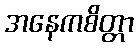
အနေကစိတ္တာ